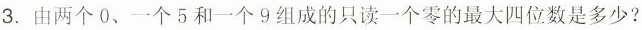
3. 由两个0、一个5和一个9组成的只读一个零的最大四位数是多少?